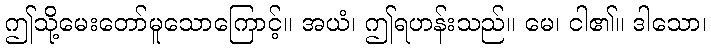
ဤသို့မေးတော်မူသောကြောင့်။ အယံ၊ ဤရဟန်းသည်။ မေ၊ ငါ၏။ ဒါသော၊